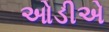
ઓડીએ